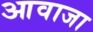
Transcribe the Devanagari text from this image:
आवाजा